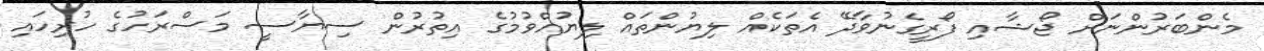
މެންބަރުންނަށް ޖޯޝާއި ފޯރީގެނުވާދޭ އެތަކެއް ލިޔުންތައް ލިޔުއްވުމުގެ އިތުރުން ސިޔާސީ މަސްރަހުގެ ހުރިހައި